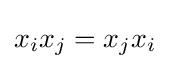
{\textstyle x_{i}x_{j}=x_{j}x_{i}}